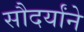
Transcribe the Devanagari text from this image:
सौदर्यांने